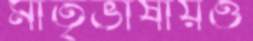
মাতৃভাষায়ও